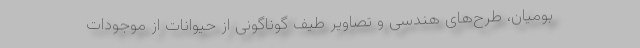
بومیان، طرح‌های هندسی و تصاویر طیف گوناگونی از حیوانات از موجودات